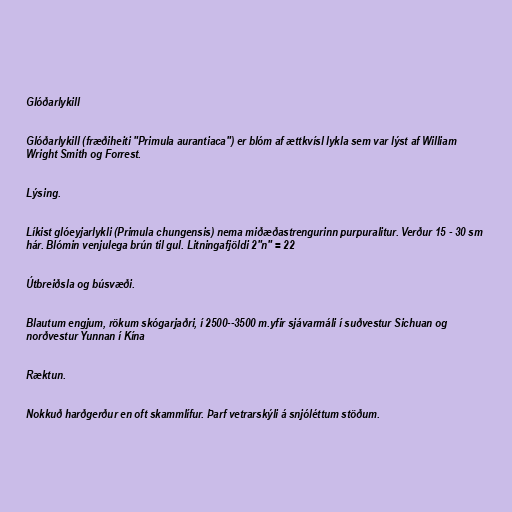
Glóðarlykill

Glóðarlykill (fræðiheiti "Primula aurantiaca") er blóm af ættkvísl lykla sem var lýst af William
Wright Smith og Forrest.

Lýsing.

Líkist glóeyjarlykli (Primula chungensis) nema miðæðastrengurinn purpuralitur. Verður 15 - 30 sm
hár. Blómin venjulega brún til gul. Litningafjöldi 2"n" = 22

Útbreiðsla og búsvæði.

Blautum engjum, rökum skógarjaðri, í 2500--3500 m.yfir sjávarmáli í suðvestur Sichuan og
norðvestur Yunnan í Kína

Ræktun.

Nokkuð harðgerður en oft skammlífur. Þarf vetrarskýli á snjóléttum stöðum.